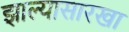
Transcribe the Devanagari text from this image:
झाल्यासारखा